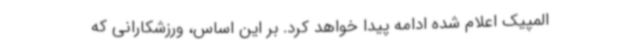
المپیک اعلام شده ادامه پیدا خواهد کرد. بر این اساس، ورزشکارانی که